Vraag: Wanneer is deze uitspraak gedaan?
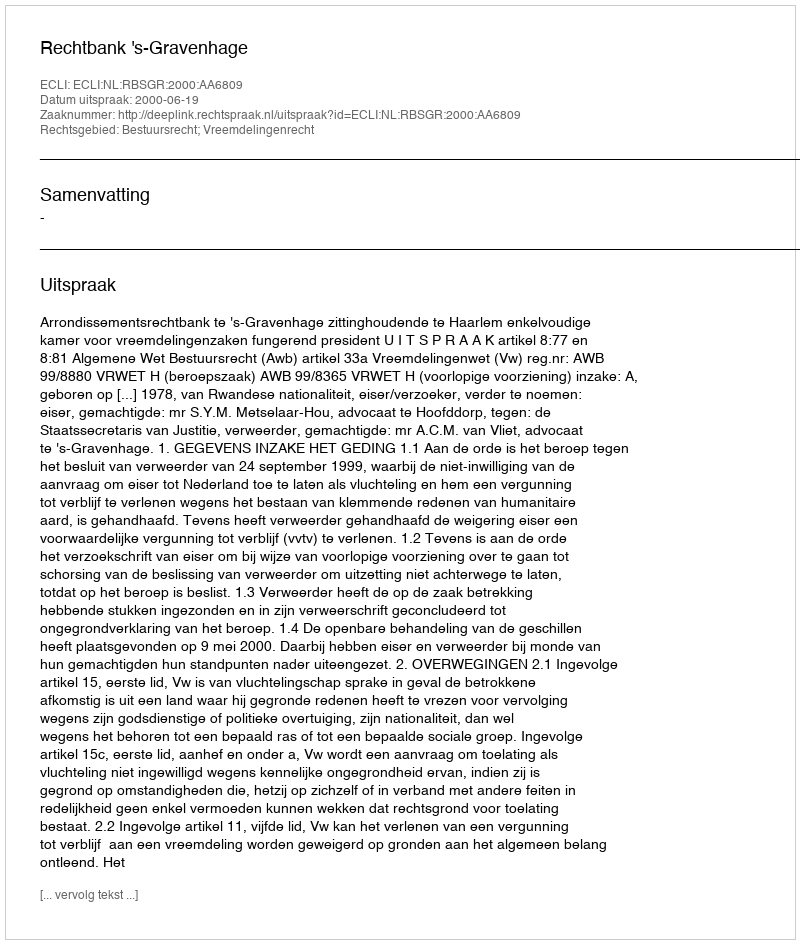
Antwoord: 2000-06-19